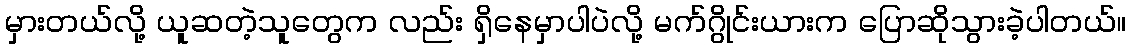
မှားတယ်လို့ ယူဆတဲ့သူတွေက လည်း ရှိနေမှာပါပဲလို့ မက်ဂွိုင်းယားက ပြောဆိုသွားခဲ့ပါတယ်။